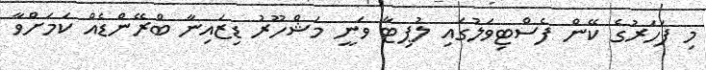
މި ފަހަރުގެ ކޭން ފެސްޓިވަލުގައި ލުޕިޓާ ވަނީ މަޝްހޫރު ޑިޒައިނާ ބްރޭންޑެއް ކަމަށްވާ